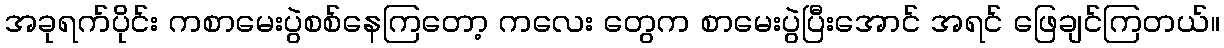
အခုရက်ပိုင်း ကစာမေးပွဲစစ်နေကြတော့ ကလေး တွေက စာမေးပွဲပြီးအောင် အရင် ဖြေချင်ကြတယ်။